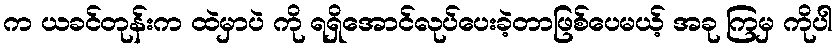
က ယခင်တုန်းက ထဲမှာပဲ ကို ရရှိအောင်လုပ်ပေးခဲ့တာဖြစ်ပေမယ့် အခု ကြမှ ကိုပါ